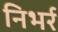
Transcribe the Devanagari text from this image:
निभर्र